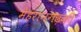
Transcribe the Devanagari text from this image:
मेहरानगढ़की